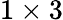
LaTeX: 1\times 3